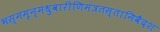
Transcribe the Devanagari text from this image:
भस्ममृन्मधुवारीणिमंत्रतस्तानिवैदश